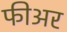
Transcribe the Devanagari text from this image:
फीअर